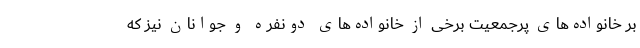
بر خانواده‌های پرجمعیت برخی از خانواده‌های دونفره و جوانان نیز که